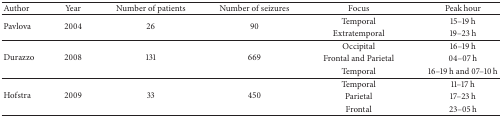
| Author | Year | Number of patients | Number of seizures | Focus | Peak hour |
 | --- | --- | --- | --- | --- | --- |
 | <ROWSPAN=2> Pavlova | <ROWSPAN=2> 2004 | <ROWSPAN=2> 26 | <ROWSPAN=2> 90 | Temporal | 15–19 h |
 | Extratemporal | 19–23 h |
 | <ROWSPAN=3> Durazzo | <ROWSPAN=3> 2008 | <ROWSPAN=3> 131 | <ROWSPAN=3> 669 | Occipital | 16–19 h |
 | Frontal and Parietal | 04–07 h |
 | Temporal | 16–19 h and 07–10 h |
 | <ROWSPAN=3> Hofstra | <ROWSPAN=3> 2009 | <ROWSPAN=3> 33 | <ROWSPAN=3> 450 | Temporal | 11–17 h |
 | Parietal | 17–23 h |
 | Frontal | 23–05 h |